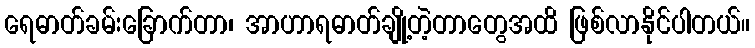
ရေဓာတ်ခမ်းခြောက်တာ၊ အာဟာရဓာတ်ချို့တဲ့တာတွေအထိ ဖြစ်လာနိုင်ပါတယ်။